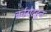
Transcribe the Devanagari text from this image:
चर्चगेटहून